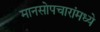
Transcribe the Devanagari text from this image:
मानसोपचारांमध्ये